Indian Civil Veterinary Department memoirs
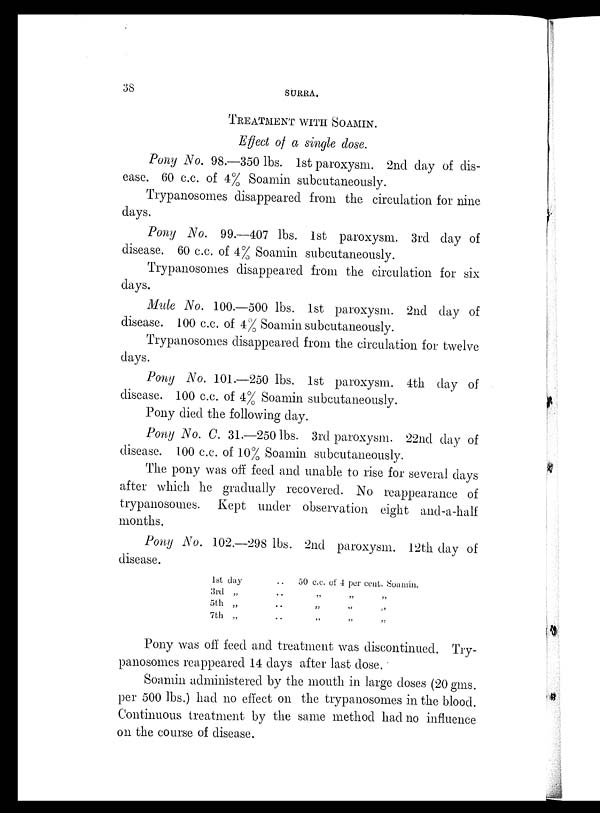
38
SURRA.
TREATMENT WITH SOAMIN.
Effect of a single dose.
Pony No. 98.—350 lbs. 1st paroxysm. 2nd day of dis-
ease. 60 c.c. of 4% Soamin subcutaneously.
Trypanosomes disappeared from the circulation for nine
days.
Pony No. 99.—407 lbs. 1st paroxysm. 3rd day of
disease. 60 c.c. of 4% Soamin subcutaneously.
Trypanosomes disappeared from the circulation for six
days.
Mule No. 100.—500 lbs. 1st paroxysm. 2nd day of
disease. 100 c.c. of 4% Soamin subcutaneously.
Trypanosomes disappeared from the circulation for twelve
days.
Pony No. 101.—250 lbs. 1st paroxysm. 4th day of
disease. 100 c.c. of 4% Soamin subcutaneously.
Pony died the following day.
Pony No. C. 31.—250 lbs. 3rd paroxysm. 22nd day of
disease. 100 c.c. of 10% Soamin subcutaneously.
The pony was off feed and unable to rise for several days
after which he gradually recovered. No reappearance of
trypanosomes. Kept under observation eight and-a-half
months.
Pony No. 102.—298 lbs. 2nd paroxysm. 12th day of
disease.
1st day ..
3rd „ ..
5th „ ..
7th „ ..
50 c.c. of 4 per cent. Soamin.
„ „ „
„ „ „
„ „ „
Pony was off feed and treatment was discontinued. Try-
panosomes reappeared 14 days after last dose.
Soamin administered by the mouth in large doses (20 gms.
per 500 lbs.) had no effect on the trypanosomes in the blood.
Continuous treatment by the same method had no influence
on the course of disease.